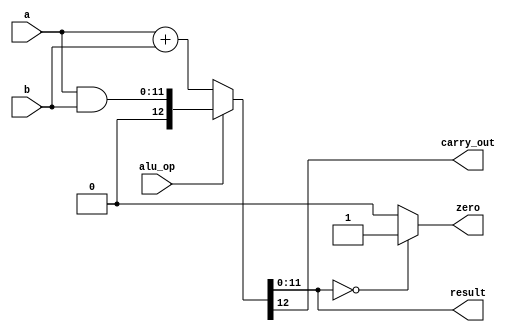
module ALU(input[11:0] a,b,input alu_op ,output[11:0] result,output carry_out, zero);
        assign {carry_out,result} = (alu_op == 1'b0) ? (a + b) : 
                                    (alu_op == 1'b1) ? {1'b0,(a & b)} : 'Z;
			  assign zero = (result == 12'd0) ? 1'b1 : 1'b0;
        
endmodule